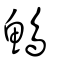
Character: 鷠